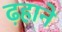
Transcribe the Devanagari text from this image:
ढ़हाने